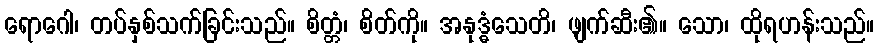
ရောဂေါ၊ တပ်နှစ်သက်ခြင်းသည်။ စိတ္တံ၊ စိတ်ကို။ အနုဒ္ဓံသေတိ၊ ဖျက်ဆီး၏။ သော၊ ထိုရဟန်းသည်။